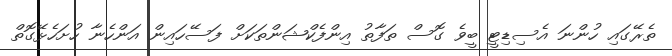
ތެރޭގައި ހުންނަ އެސިޑިޓީ ބީވެ ގޮސް ތަފާތު އިންފެކްޝަންތަކަށް ފަސޭހައިން އަންހެނާ ހުށަހެޅޭގޮތް